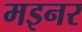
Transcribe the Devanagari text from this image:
मइनर